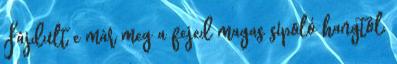
Fájdult e már meg a fejed magas sípoló hangtól,